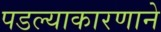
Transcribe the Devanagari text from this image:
पडल्याकारणाने